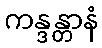
ကန္ဒန္တာနံ